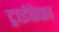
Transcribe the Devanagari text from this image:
ट्राईबेका